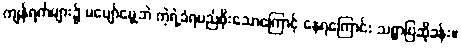
ကျန်ရက်များ၌ မပျော်မွေ့ဘဲ ကဲ့ရဲ့ခံရမည်စိုးသောကြောင့် နေရကြောင်း သစ္စာပြဆိုခန်း။